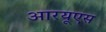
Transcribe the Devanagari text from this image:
आरयूएस